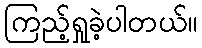
ကြည့်ရှုခဲ့ပါတယ်။